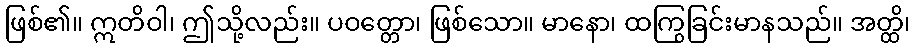
ဖြစ်၏။ ဣတိဝါ၊ ဤသို့လည်း။ ပဝတ္တော၊ ဖြစ်သော။ မာနော၊ ထကြွခြင်းမာနသည်။ အတ္ထိ၊